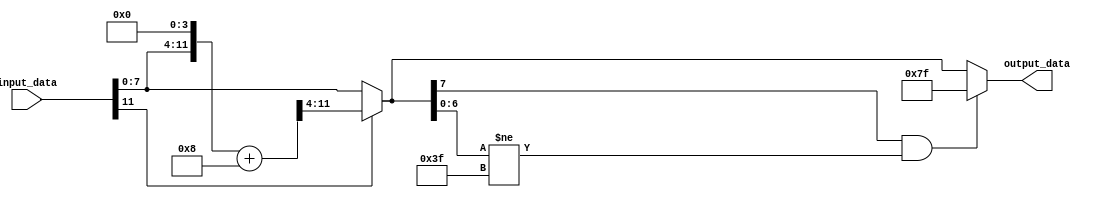
module fixed_point_converter(
    input wire signed [N-1:0] input_data,
    output reg signed [M-1:0] output_data
);

parameter N = 16; // Number of bits in input format
parameter M = 8; // Number of bits in output format
parameter I = 4; // Number of integer bits
parameter F = 4; // Number of fractional bits

reg signed [N-1:0] scaled_data;

always @* begin
    scaled_data = input_data << F; // Shift input data to account for fractional bits
end

always @* begin
    if (scaled_data[N-1]) begin
        output_data = (scaled_data + (1 << (F-1))) >> F; // Rounding logic for negative numbers
    end else begin
        output_data = scaled_data >> F; // No rounding needed for positive numbers
    end

    if (output_data[M-1] && output_data[M-2:0] != {(M-2){1'b1}}) begin
        output_data = {(M-1){1'b1}}; // Saturation logic for overflow
    end
    
end

endmodule